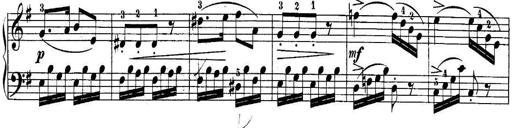
Title: 10 Sonatines progressives
Composer: Anton Schmoll